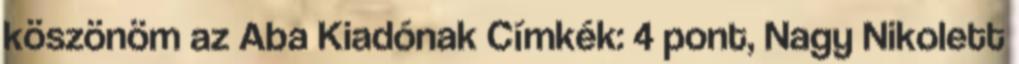
köszönöm az Aba Kiadónak Címkék: 4 pont, Nagy Nikolett